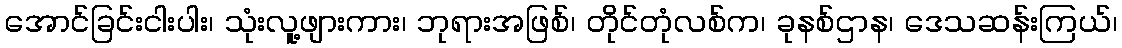
အောင်ခြင်းငါးပါး၊ သုံးလူ့ဖျားကား၊ ဘုရားအဖြစ်၊ တိုင်တုံလစ်က၊ ခုနစ်ဌာန၊ ဒေသဆန်းကြယ်၊